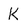
Character: K